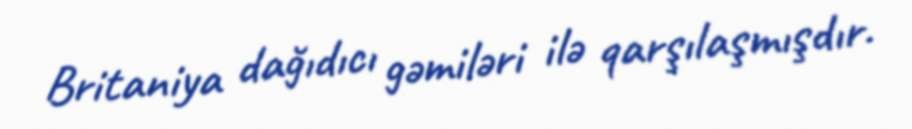
Britaniya dağıdıcı gəmiləri ilə qarşılaşmışdır.